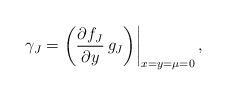
LaTeX: \begin{align*}\gamma_J = \left( \frac{\partial f_J}{\partial y} \,g_J \middle) \right|_{x = y = \mu = 0},\end{align*}